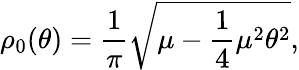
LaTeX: \rho_{0}(\theta)=\frac{1}{\pi}\sqrt{\mu-\frac{1}{4}\mu^{2}\theta^{2}},